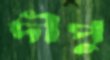
দীপু